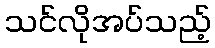
သင်လိုအပ်သည့်